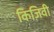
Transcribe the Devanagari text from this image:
किज़िवी